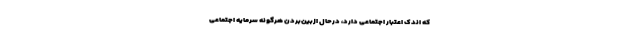
که اندک اعتبار اجتماعی دارد، درحال ازبین‌بردن هرگونه سرمایه اجتماعی